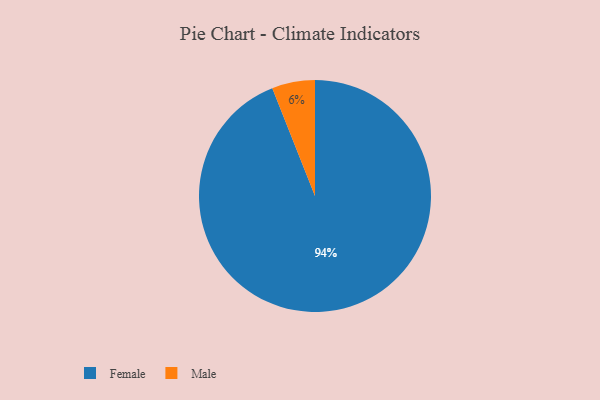
{"axis": {"x": "Category", "y": "Percentage"}, "legend": ["Female", "Male"], "data": [{"x": "Male", "y": 6, "type": "Male"}, {"x": "Female", "y": 94, "type": "Female"}]}